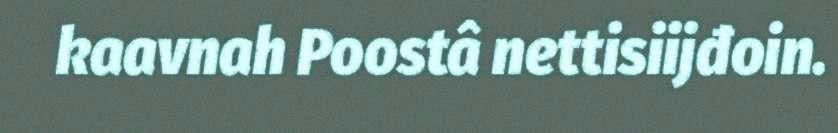
kaavnah Poostâ nettisiijđoin.